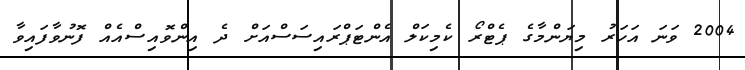
2004 ވަނަ އަހަރު މިޔަންމާގެ ޕެޓްރޯ ކެމިކަލް އެންޓަޕްރައިސަސްއަށް ދެ އިންވޮއިސްއެއް ފޮނުވާފައިވާ